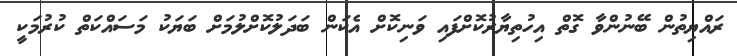
ރައްޔިތުން ބޭނުންވާ ގޮތް އިހުތިޔާރުކޮށްފައި ވަނިކޮށް އެކަން ބަދަލުކޮށްލުމަށް ބަޔަކު މަސައްކަތް ކުރުމަކީ